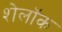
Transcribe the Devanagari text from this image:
शेलॉक